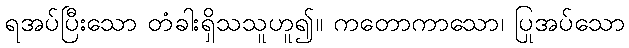
ရအပ်ပြီးသော တံခါးရှိသသူဟူ၍။ ကတောကာသော၊ ပြုအပ်သော